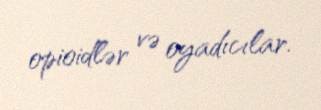
opioidlər və oyadıcılar.